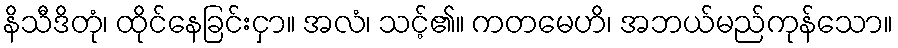
နိသီဒိတုံ၊ ထိုင်နေခြင်းငှာ။ အလံ၊ သင့်၏။ ကတမေဟိ၊ အဘယ်မည်ကုန်သော။